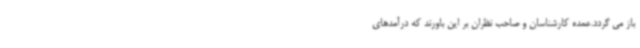
باز می گردد.عمده کارشناسان و صاحب نظران بر این باورند که درآمدهای